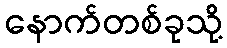
နောက်တစ်ခုသို့